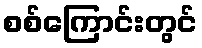
စစ်ကြောင်းတွင်